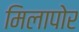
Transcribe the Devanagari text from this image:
मिलापोर